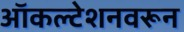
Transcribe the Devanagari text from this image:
ऑकल्टेशनवरून